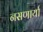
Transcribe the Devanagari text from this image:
नसणार्या